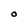
Character: O